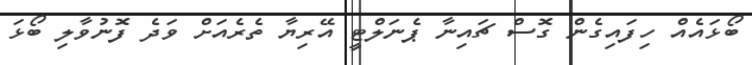
ބޯޅައެއް ހިފައިގެން ގޮސް ޗައިނާ ޕެނަލްޓީ އޭރިޔާ ތެރެއަށް ވަދެ ފޮނުވާލި ބޯޅަ